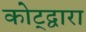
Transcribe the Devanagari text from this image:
कोट्द्वारा